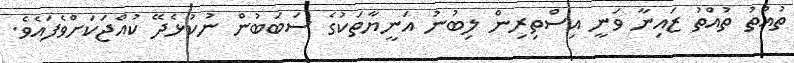
ތުއްތު ތުއްތު ޒައިނާ ވަނީ އިސްތިރިން ލިބުނު އަނީޔާތަކުގެ ސަބަބުން ނުކުޅެދޭ ކުއްޖަކަށްވެފައެވެ.